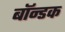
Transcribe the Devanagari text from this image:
बॉन्डक